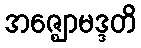
အဇ္ဈောမဒ္ဒတိ